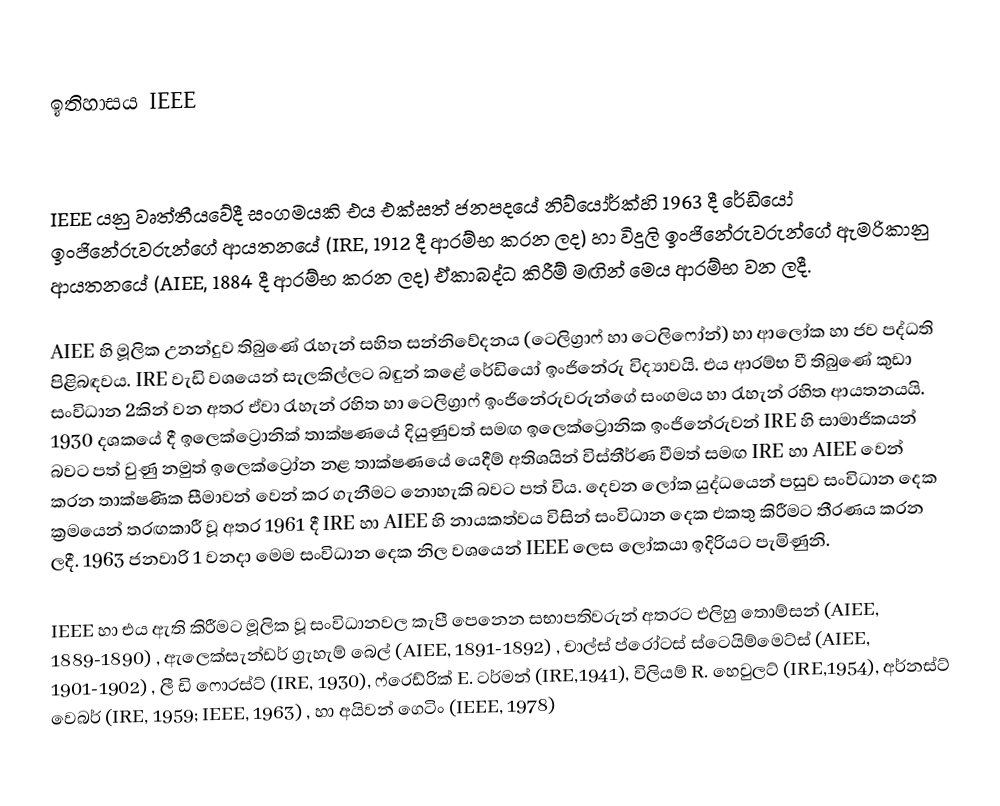

ඉතිහාසය IEEE

IEEE යනු වෘත්තීයවේදී සංගමයකි එය එක්සත් ජනපදයේ නිව්යෝර්ක්හි  1963 දී රේඩියෝ ඉංජිනේරුවරුන්ගේ ආයතනයේ (IRE, 1912 දී ආරම්භ කරන ලද) හා විදුලි ඉංජිනේරුවරුන්ගේ ඇමරිකානු ආයතනයේ (AIEE, 1884 දී ආරම්භ කරන ලද) ඒකාබද්ධ කිරීම් මඟින් මෙය ආරම්භ වන ලදී.

AIEE හි මූලික උනන්දුව තිබුණේ රැහැන් සහිත සන්නිවේදනය (ටෙලිග්‍රාෆ් හා ටෙලිෆෝන්) හා ආලෝක හා ජව පද්ධති පිළිබඳවය. IRE වැඩි වශයෙන් සැලකිල්ලට බඳුන් කළේ රේඩියෝ ඉංජිනේරු විද්‍යාවයි. එය ආරම්භ වී තිබුණේ කුඩා සංවිධාන 2කින් වන අතර ඒවා රැහැන් රහිත හා ටෙලිග්‍රාෆ් ඉංජිනේරුවරුන්ගේ සංගමය හා රැහැන් රහිත ආයතනයයි. 1930 දශකයේ දී ඉලෙක්ට්‍රොනික් තාක්ෂණයේ දියුණුවත් සමඟ ඉලෙක්ට්‍රොනික ඉංජිනේරුවන් IRE හි සාමාජිකයන් බවට පත් වුණු නමුත් ඉලෙක්ට්‍රෝන නළ තාක්ෂණයේ යෙදීම් අතිශයින් විස්තීර්ණ වීමත් සමඟ IRE හා AIEE වෙන් කරන තාක්ෂණික සීමාවන් වෙන් කර ගැනීමට නොහැකි බවට පත් විය. දෙවන ලෝක යුද්ධයෙන් පසුව සංවිධාන දෙක ක්‍රමයෙන් තරඟකාරී වූ අතර 1961 දී IRE හා AIEE හි නායකත්වය විසින් සංවිධාන දෙක එකතු කිරීමට තීරණය කරන ලදී. 1963 ජනවාරි 1 වනදා මෙම සංවිධාන දෙක නිල වශයෙන් IEEE ලෙස ලෝකයා ඉදිරියට පැමිණුනි.

IEEE හා එය ඇති කිරීමට මූලික වූ සංවිධානවල කැපී පෙනෙන සභාපතිවරුන් අතරට එලිහු තොම්සන් (AIEE, 1889-1890) , ඇලෙක්සැන්ඩර් ග්‍රැහැම් බෙල් (AIEE, 1891-1892) , චාල්ස් ප්රෝටස් ස්ටෙයිම්මෙට්ස් (AIEE, 1901-1902) , ලී ඩි ෆොරස්ට් (IRE, 1930), ෆ්රෙඩ්රික් E. ටර්මන් (IRE,1941), විලියම් R. හෙවුලට් (IRE,1954), අර්නස්ට් වෙබර් (IRE, 1959; IEEE, 1963) , හා අයිවන් ගෙටිං (IEEE, 1978)